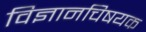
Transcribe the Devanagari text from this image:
विज्ञानचिषयक